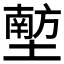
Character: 𪤟